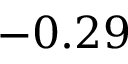
- 0 . 2 9